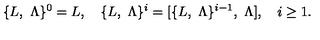
\{ L , \ \Lambda \} ^ { 0 } = L , \quad \{ L , \ \Lambda \} ^ { i } = [ \{ L , \ \Lambda \} ^ { i - 1 } , \ \Lambda ] , \quad i \ge 1 .